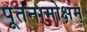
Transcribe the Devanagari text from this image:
पूतनामोक्षम्